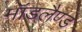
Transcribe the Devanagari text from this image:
मॉडलैण्ड